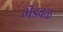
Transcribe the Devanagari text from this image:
भॆडवळ